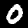
Digit: 0